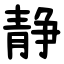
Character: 静